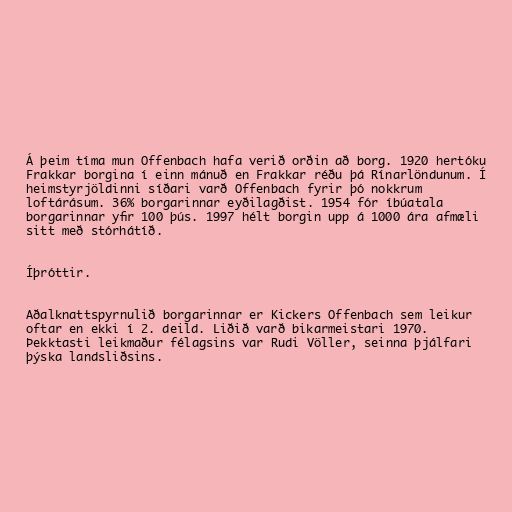
Á þeim tíma mun Offenbach hafa verið orðin að borg. 1920 hertóku
Frakkar borgina í einn mánuð en Frakkar réðu þá Rínarlöndunum. Í
heimstyrjöldinni síðari varð Offenbach fyrir þó nokkrum
loftárásum. 36% borgarinnar eyðilagðist. 1954 fór íbúatala
borgarinnar yfir 100 þús. 1997 hélt borgin upp á 1000 ára afmæli
sitt með stórhátíð.

Íþróttir.

Aðalknattspyrnulið borgarinnar er Kickers Offenbach sem leikur
oftar en ekki í 2. deild. Liðið varð bikarmeistari 1970.
Þekktasti leikmaður félagsins var Rudi Völler, seinna þjálfari
þýska landsliðsins.